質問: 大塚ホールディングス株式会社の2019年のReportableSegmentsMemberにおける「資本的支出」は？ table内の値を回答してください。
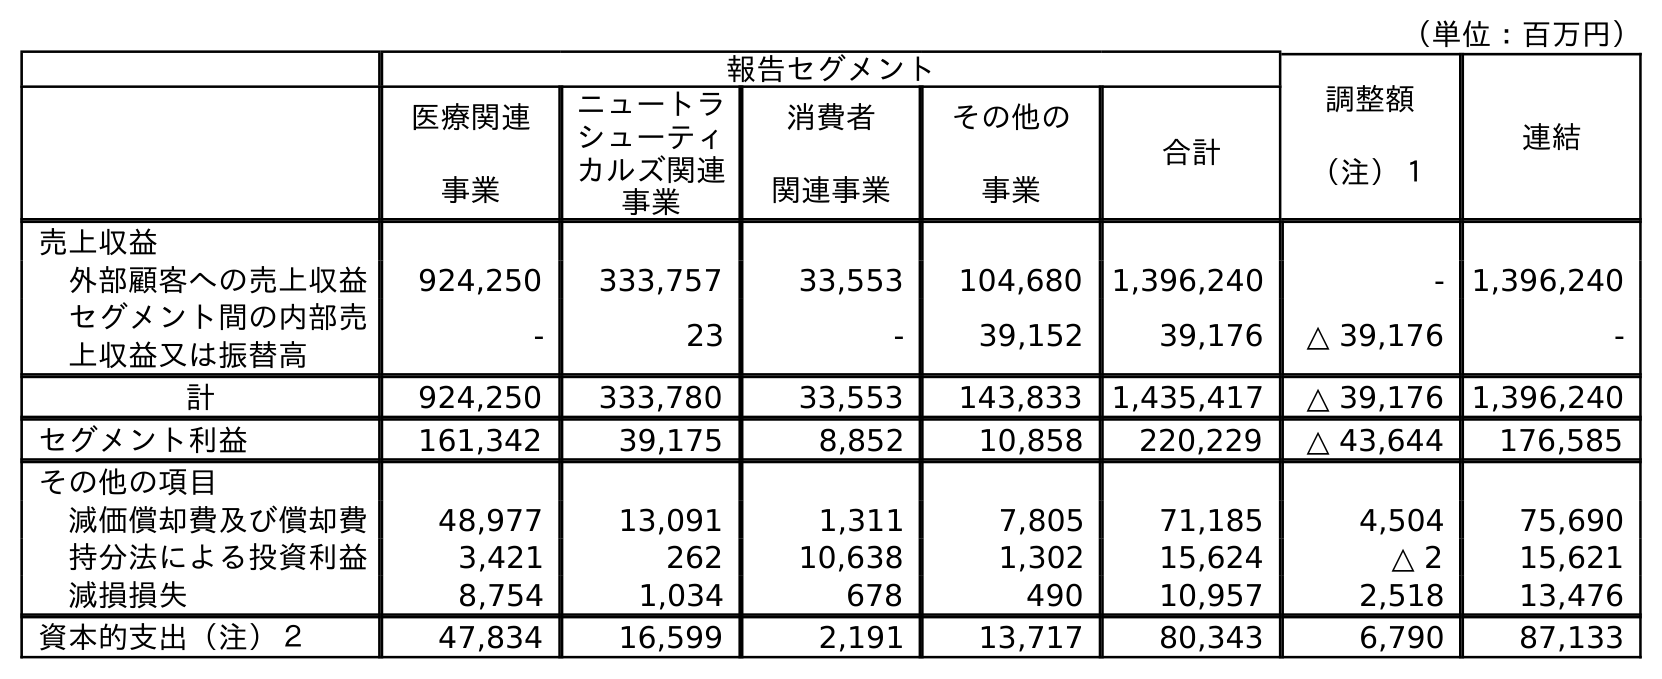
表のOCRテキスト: （単位：百万円） 報告セグメント 調整額 （注）１ 連結 医療関連 事業 ニュートラ シューティ カルズ関連 事業 消費者 関連事業 その他の 事業 合計 売上収益 外部顧客への売上収益 924,250 333,757 33,553 104,680 1,396,240 - 1,396,240 セグメント間の内部売 上収益又は振替高 - 23 - 39,152 39,176 △ 39,176 - 計 924,250 333,780 33,553 143,833 1,435,417 △ 39,176 1,396,240 セグメント利益 161,342 39,175 8,852 10,858 220,229 △ 43,644 176,585 その他の項目 減価償却費及び償却費 48,977 13,091 1,311 7,805 71,185 4,504 75,690 持分法による投資利益 3,421 262 10,638 1,302 15,624 △ 2 15,621 減損損失 8,754 1,034 678 490 10,957 2,518 13,476 資本的支出（注）２ 47,834 16,599 2,191 13,717 80,343 6,790 87,133
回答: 80,343